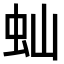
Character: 𬟴